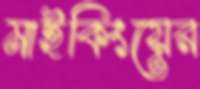
মাইকিংয়ের